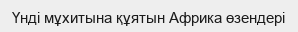
Үнді мұхитына құятын Африка өзендері